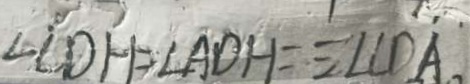
\angle C D H = \angle A D H = \angle C D A